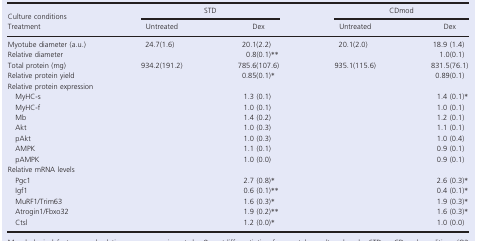
<table><thead><tr><td><b>Culture conditions</b></td><td colspan="2"><b>STD</b></td><td colspan="2"><b>CDmod</b></td></tr><tr><td><b>Treatment</b></td><td><b>Untreated</b></td><td><b>Dex</b></td><td><b>Untreated</b></td><td><b>Dex</b></td></tr></thead><tbody><tr><td>Myotube diameter (a.u.)</td><td>24.7(1.6)</td><td>20.1(2.2)</td><td>20.1(2.0)</td><td>18.9 (1.4)</td></tr><tr><td>Relative diameter</td><td></td><td>0.8(0.1)**</td><td></td><td>1.0(0.1)</td></tr><tr><td>Total protein (mg)</td><td>934.2(191.2)</td><td>785.6(107.6)</td><td>935.1(115.6)</td><td>831.5(76.1)</td></tr><tr><td>Relative protein yield</td><td></td><td>0.85(0.1)*</td><td></td><td>0.89(0.1)</td></tr><tr><td colspan="5">Relative protein expression</td></tr><tr><td>MyHC‐s</td><td></td><td>1.3 (0.1)</td><td></td><td>1.4 (0.1)*</td></tr><tr><td>MyHC‐f</td><td></td><td>1.0 (0.1)</td><td></td><td>1.0 (0.1)</td></tr><tr><td>Mb</td><td></td><td>1.4 (0.2)</td><td></td><td>1.2 (0.1)</td></tr><tr><td>Akt</td><td></td><td>1.0 (0.3)</td><td></td><td>1.1 (0.1)</td></tr><tr><td>pAkt</td><td></td><td>1.0 (0.3)</td><td></td><td>1.0 (0.4)</td></tr><tr><td>AMPK</td><td></td><td>1.1 (0.1)</td><td></td><td>0.9 (0.1)</td></tr><tr><td>pAMPK</td><td></td><td>1.0 (0.0)</td><td></td><td>0.9 (0.1)</td></tr><tr><td colspan="5">Relative mRNA levels</td></tr><tr><td>Pgc1</td><td></td><td>2.7 (0.8)*</td><td></td><td>2.6 (0.3)*</td></tr><tr><td>Igf1</td><td></td><td>0.6 (0.1)**</td><td></td><td>0.4 (0.1)*</td></tr><tr><td>MuRF1/Trim63</td><td></td><td>1.6 (0.3)*</td><td></td><td>1.9 (0.3)*</td></tr><tr><td>Atrogin1/Fbxo32</td><td></td><td>1.9 (0.2)**</td><td></td><td>1.6 (0.3)*</td></tr><tr><td>Ctsl</td><td></td><td>1.2 (0.0)*</td><td></td><td>1.0 (0.0)</td></tr></tbody></table>